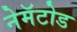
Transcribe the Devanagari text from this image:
नेमॅटोड